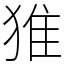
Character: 猚